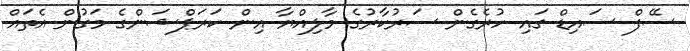
ސޭފް ސައިޑް ގައި ހުރެގެން ސަރުކާރުގެ މާލިއްޔާ އިން ކަރަޕްޝަންގެ މަގުން އެތައް